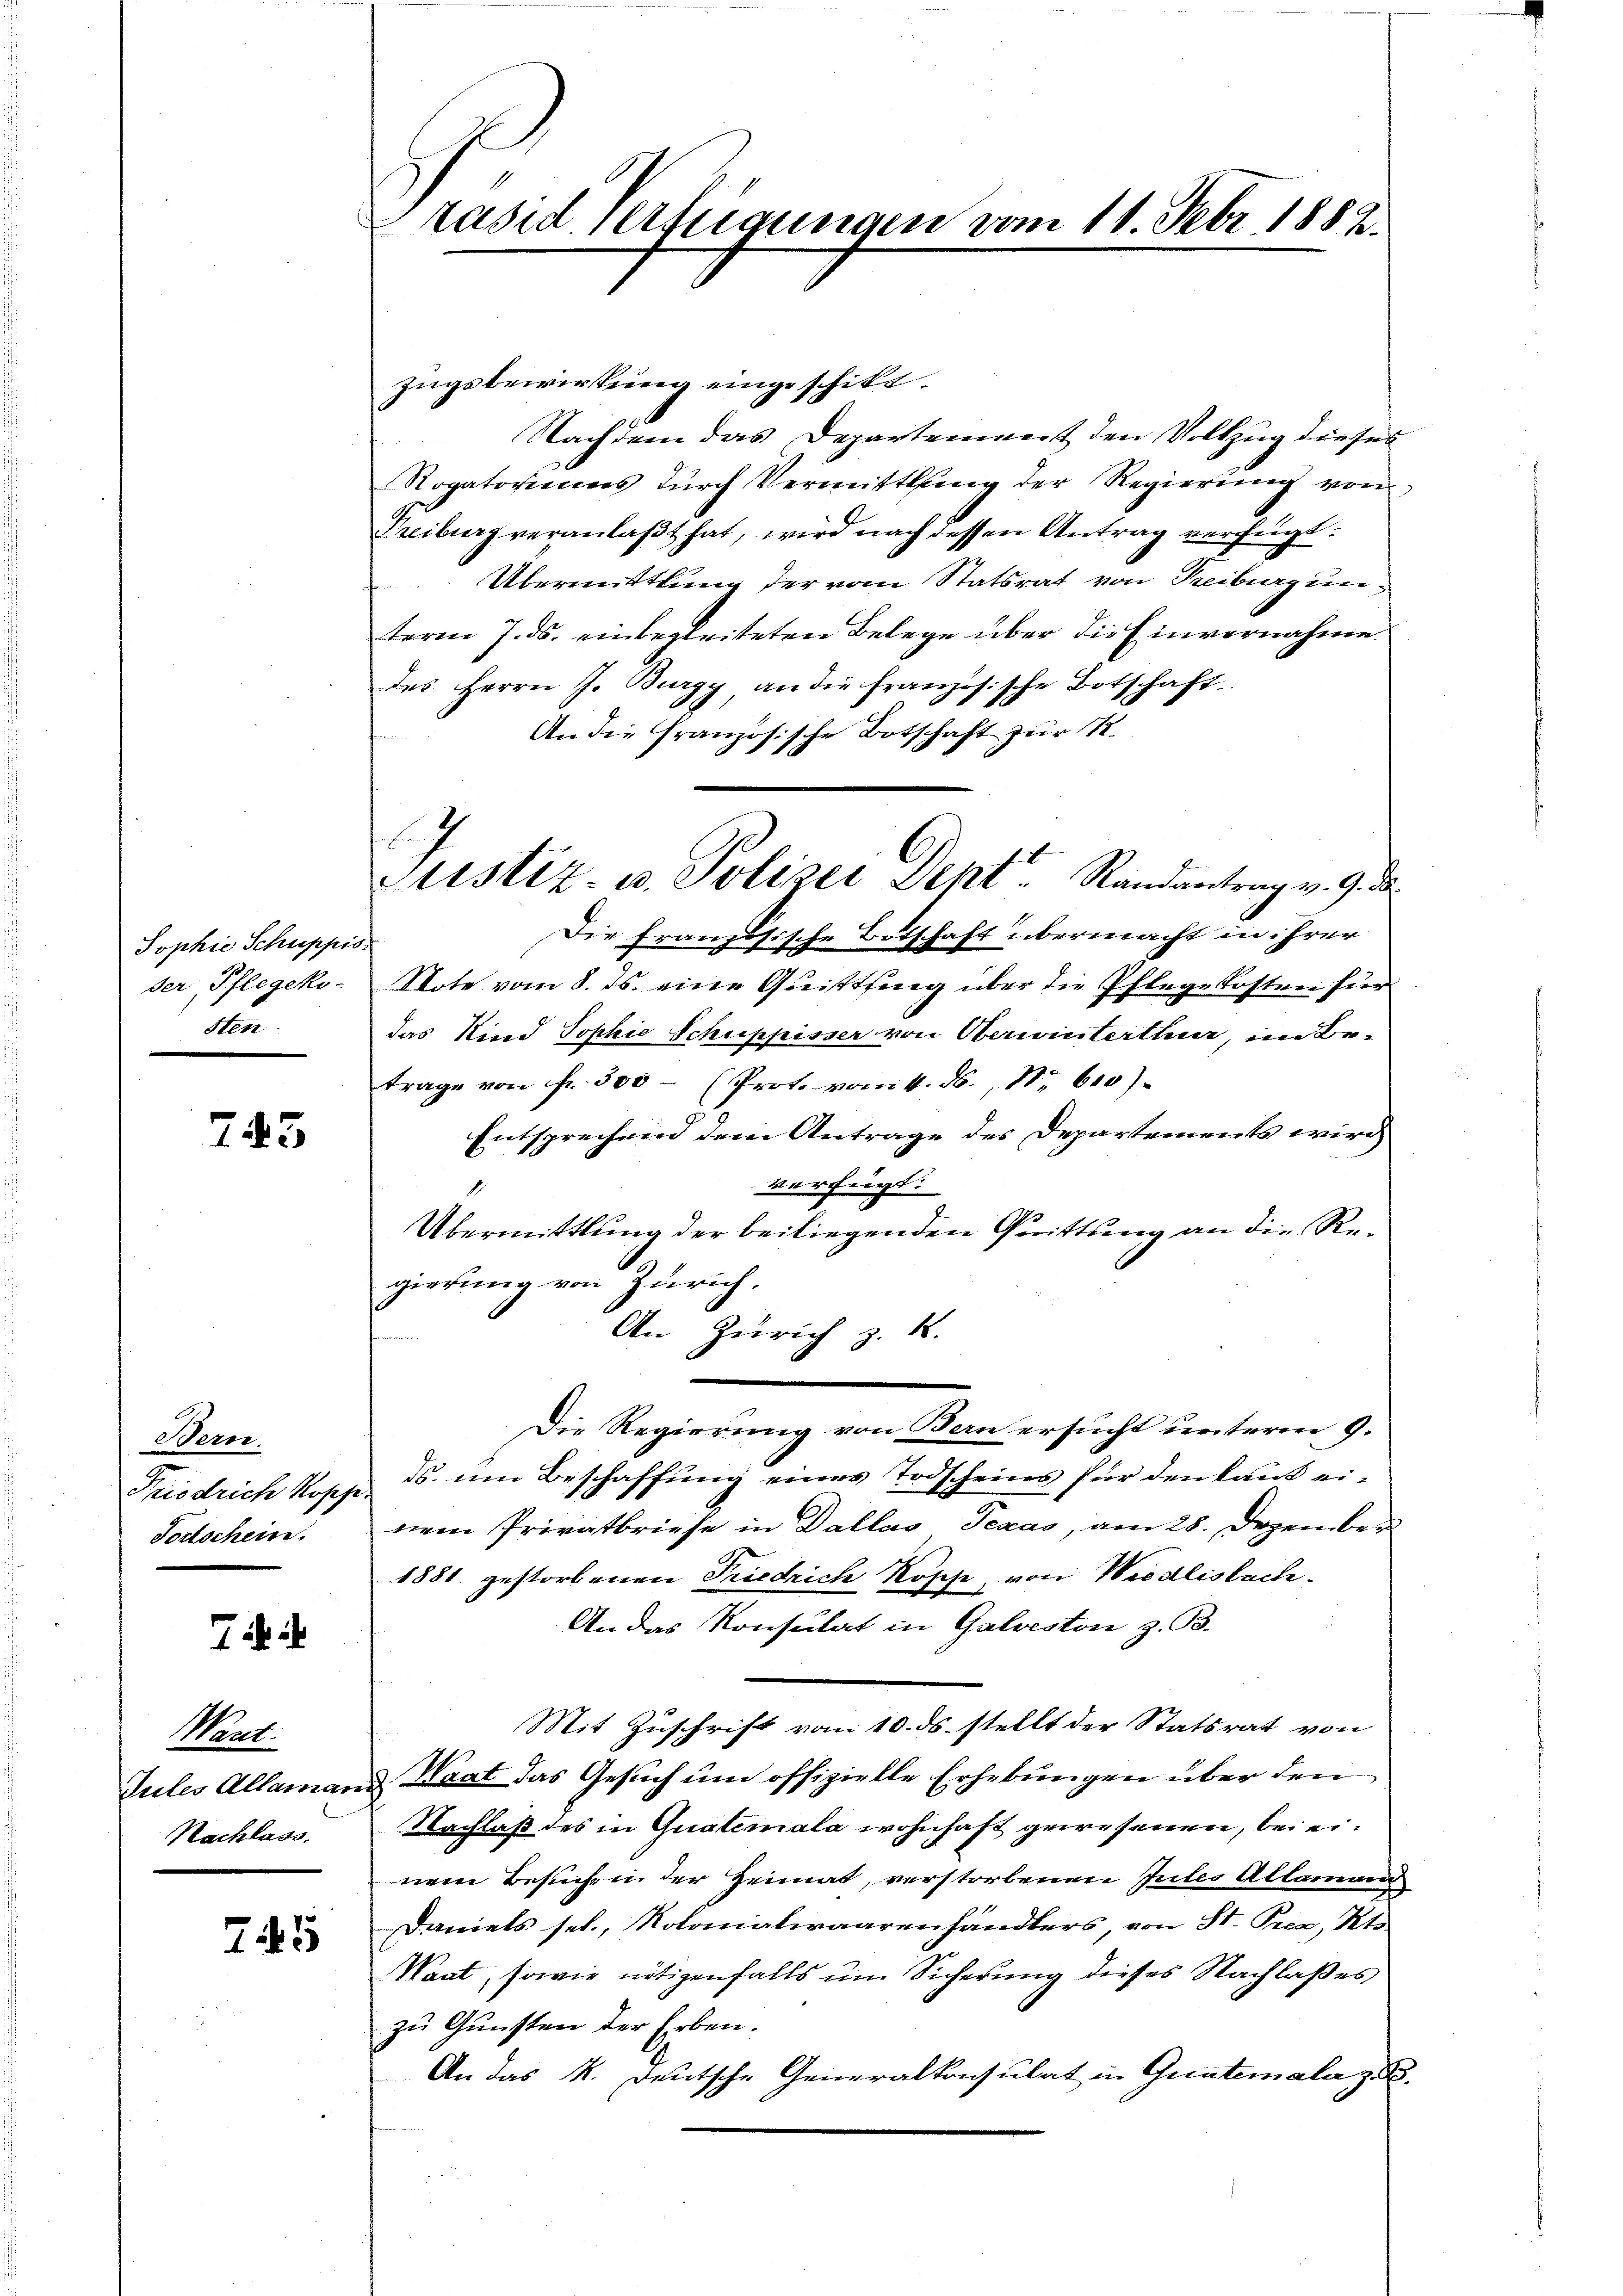
Sophie Schuppis
ser, Pflegeko-
sten

743

Wein
Friedrich Rosse
Fortschein.

Tih ih

Mart.
Nachlass.

745

Präsid verfügungen vom 11. Febr. 1882.

zugsbewirkung eingeschikt.
Nachdem das Departement den Vollzug dieses
Rogatoriums durch Vermittlung der Regierung von
Freiburg veranlaßt hat, wird nach dessen Antrag verfügt:
Übermittlung der vom Statsrat von Treiburg unterm 7. ds. einbegleiteten Belege über die Einvernahme.
des Herrn J. Burgy an die französische Botschaft
An die Französische Botschaft zur R.
Die französische Botschaft übermacht in ihrer
Note vom 8. ds. eine Quittung über die Pflegekosten für
das Kind Sophie Schuppisser von Oberwinterthur, im Be-
trage von fr. 500 – (Prot. vom 4. ds., Nr. 610).
Entsprechend dem Antrage des Departements wird
verfügt:
Übermittlung der beiliegenden Quittung an die Regierung von Zürich.
An Zürich z. R.
Die Regierung von Bern ersucht unterm 9.
. um Beschaffung eines Todscheins für den Laut einem Privatbriefe in Dallas Texas, am 28. Dezember
1881 gestorbenen Friedrich Rosche, von Wiedlisbach.
An das Konsulat in Galveston z. B.
Mit Zuschrift vom 10. ds. stellt der Statsrat von
Jules Allamand Waat das Gesuch um offizielle Erhebungen über den
Nachlaß des in Qualemala wohnhaft gewesenen, bei einem Besuche in der Heimat, verstorbenen Gutes Allamand
Daniels sel., Notonialwaarenhändlers, von St. Prea, Kts
Waat, sowie nötigenfalls um Sicherung dieses Nachlaßes
zu Gunsten der Erben.
An das K. Deutsche Generalkonsulat in Guntemala d

hen E
Justiz- u. Polizei Sept. Randantrag v. 9. d.